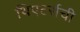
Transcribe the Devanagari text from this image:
थिएटर्सची